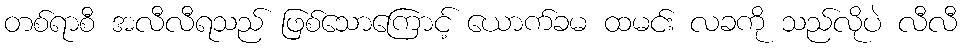
တစ်ရာစီ အလီလီရသည် ဖြစ်သောကြောင့် ယောက်ခမ ထမင်း လခကို သည်လိုပဲ လီလီ